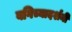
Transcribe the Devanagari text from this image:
बगिच्यादर्शनी